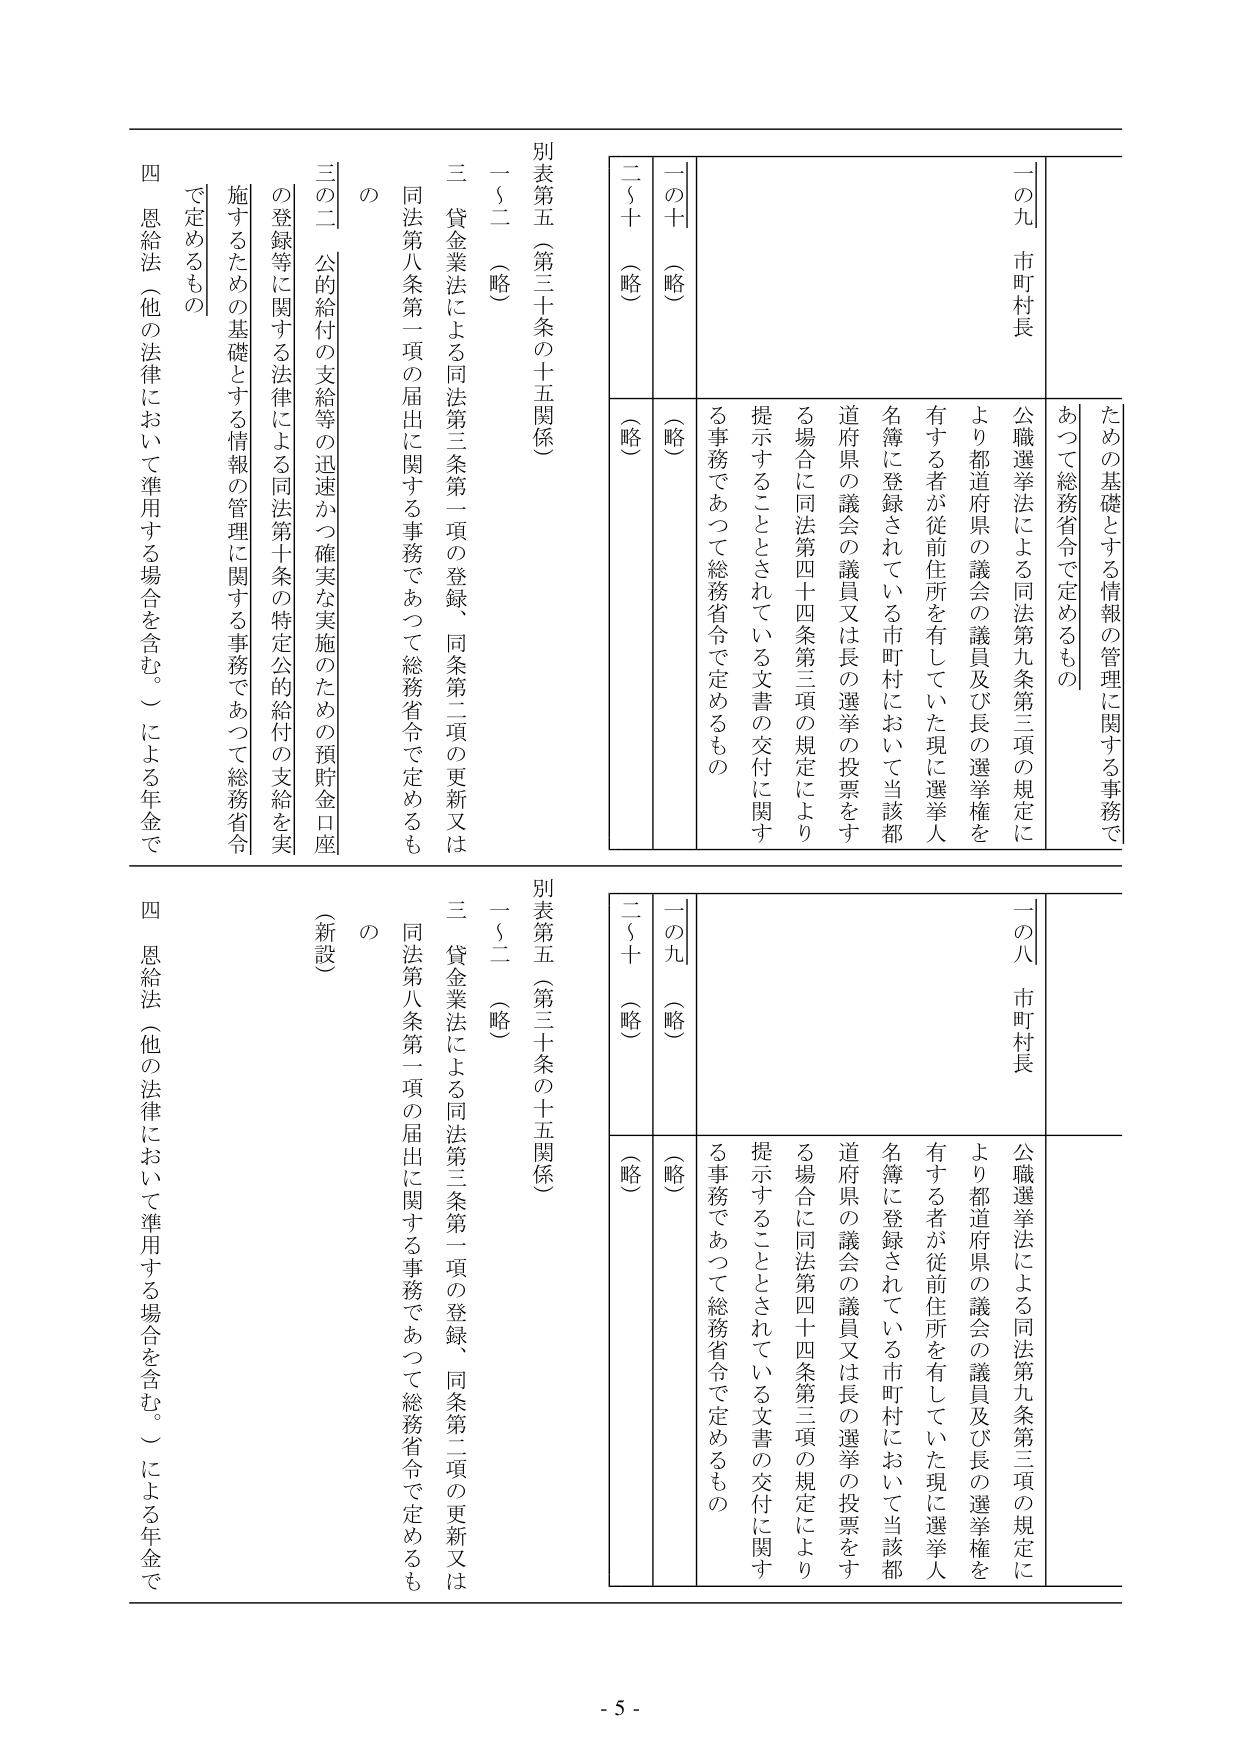
一の九 市町村長
公職選挙法による同法第九条第三項の規定により都道府県の議員及び長の選挙権を有する者が従前住所を有していた現に選挙人名簿に登録されている市町村において当該都道府県の議会の議員又は長の選挙の投票をする場合に同法第四十四条第三項の規定により提示することとされている文書の交付に関する事務であつて総務省令で定めるもの

一の十 （略）
二〜十 （略）

別表第五（第三十条の十五関係）
一〜二 （略）
三 貸金業法による同法第三条第一項の登録、同条第二項の更新又は同法第八条第一項の届出に関する事務であつて総務省令で定めるもの
三の二 公的給付の支給等の迅速かつ確実な実施のための預貯金口座の登録等に関する法律による同法第十条の特定公的給付の支給を実施するための基礎とする情報の管理に関する事務であつて総務省令で定めるもの
四 恩給法（他の法律において準用する場合を含む。）による年金で

一の八 市町村長
公職選挙法による同法第九条第三項の規定により都道府県の議員及び長の選挙権を有する者が従前住所を有していた現に選挙人名簿に登録されている市町村において当該都道府県の議会の議員又は長の選挙の投票をする場合に同法第四十四条第三項の規定により提示することとされている文書の交付に関する事務であつて総務省令で定めるもの

一の九 （略）
二〜十 （略）

別表第五（第三十条の十五関係）
一〜二 （略）
三 貸金業法による同法第三条第一項の登録、同条第二項の更新又は同法第八条第一項の届出に関する事務であつて総務省令で定めるもの
（新設）
四 恩給法（他の法律において準用する場合を含む。）による年金で

- 5 -